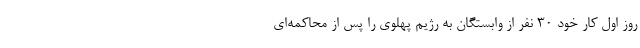
روز اول کار خود ۳۰ نفر از وابستگان به رژیم پهلوی را پس از محاکمه‌ای